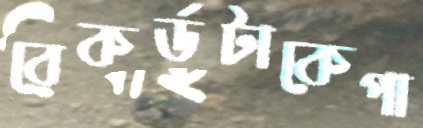
রেকর্ডটাকেপা